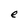
Character: e